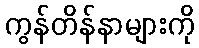
ကွန်တိန်နာများကို